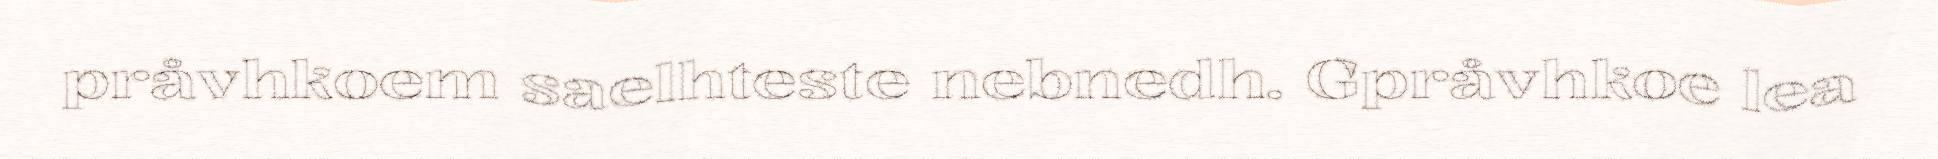
pråvhkoem saelhteste nebnedh. Gpråvhkoe lea